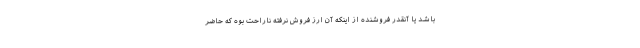
باشد یا آنقدر فروشنده از اینکه آن ارز فروش نرفته ناراحت بوه که حاضر